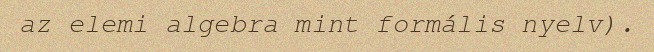
az elemi algebra mint formális nyelv).